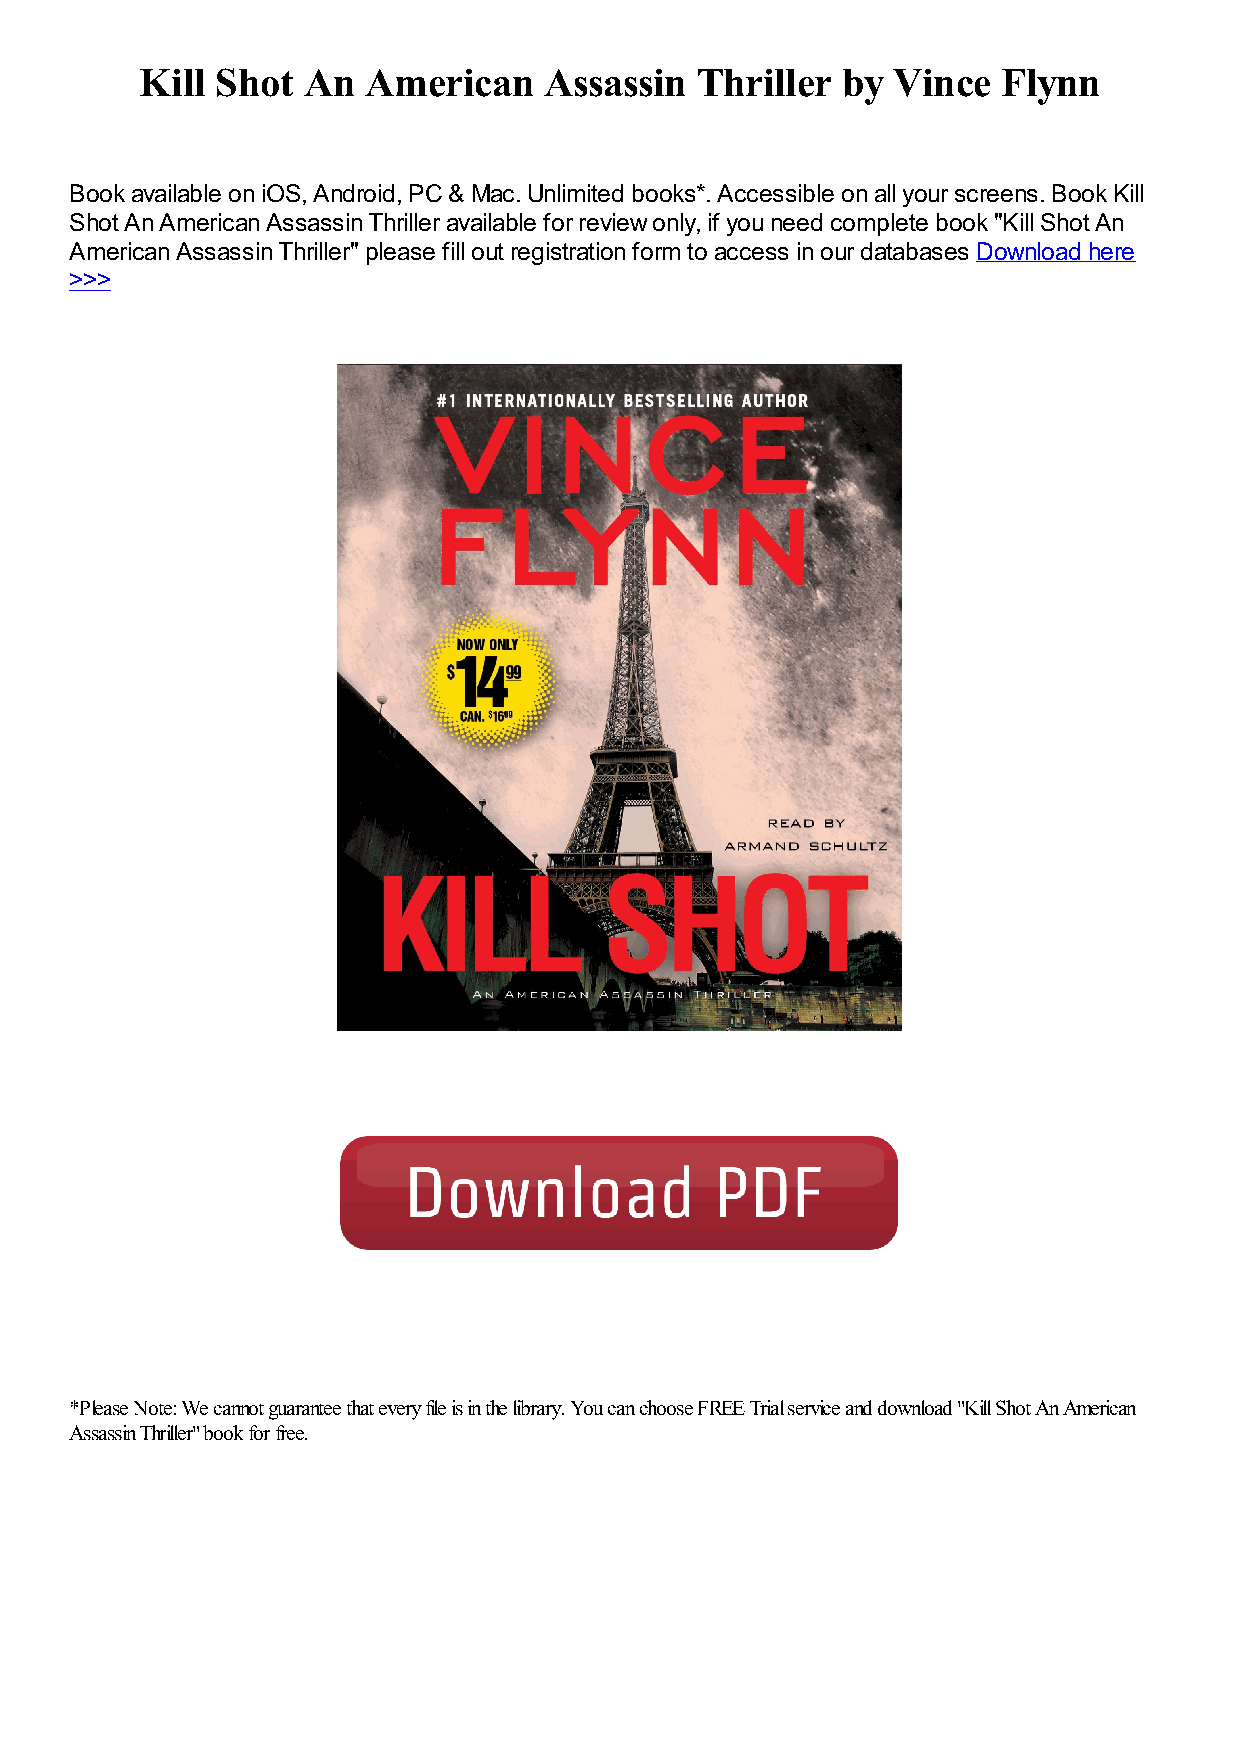
Kill Shot  An  American    Assassin  Thriller  by Vince  Flynn
 Book available on iOS, Android, PC & Mac. Unlimited books*. Accessible on all your screens. Book Kill
 Shot An American Assassin Thriller available for review only, if you need complete book "Kill Shot An
 American Assassin Thriller" please fill out registration form to access in our databases Download here
 >>>
 *Please Note: We cannot guarantee that every file is in the library. You can choose FREE Trial service and download "Kill Shot An American
 Assassin Thriller" book for free.